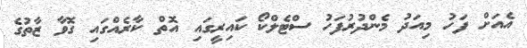
އެއަށް ފަހު މިއަދު މެންދުރުފަހު ސްޓެލްކޯ ކައިރީގައި އޮތް ކާރެއްގައި ގޮވާ ޒާތުގެ